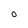
Character: O